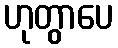
ဟုတွာပေ